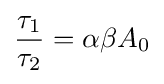
{\frac {\tau _{1}}{\tau _{2}}}=\alpha \beta A_{0}